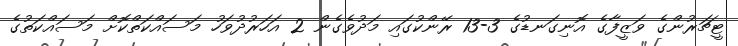
ޓީޗަރުންގެ ވަޒީފާގެ އޮނިގަނޑުގެ 3-13 ރޭންކުގައި މަދުވެގެން 2 އަހަރުދުވަހު މަސައްކަތްކޮށް މަސައްކަތުގެ